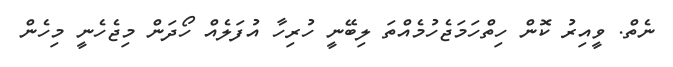
ނެތް. ވީއިރު ކޮން ހިތްހަމަޖެހުމެއްތަ ލިބޭނީ ހުރިހާ އުފަލެއް ހޯދަން މިޖެހެނީ މިހެން